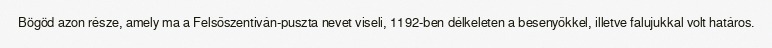
Bögöd azon része, amely ma a Felsőszentiván-puszta nevet viseli, 1192-ben délkeleten a besenyőkkel, illetve falujukkal volt határos.